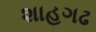
શાહગઢ